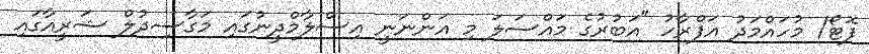
ފޮޓޯ/ މުހައްމަދު އަފްރާހު "އަބުރުގެ މައްސަލަ މި އަންނަނީ އިސްލާމްދީނުގައި މަގާސިދުލް ޝަރީއާގައި